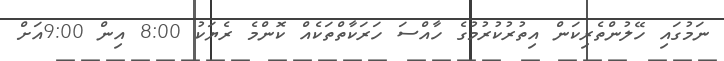
ނަމުގައި ހޭލުންތެރިކަން އިތުރުކުރުމުގެ ހާއްސަ ހަރަކާތްތަކެއް ކޮންމެ ރެޔަކު 8:00 އިން 9:00އަށް